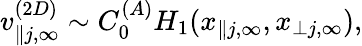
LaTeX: v_{\parallel j,\infty}^{(2D)}\sim C_{0}^{(A)}H_{1}(x_{\parallel j,\infty},x_{\perp j,\infty}),